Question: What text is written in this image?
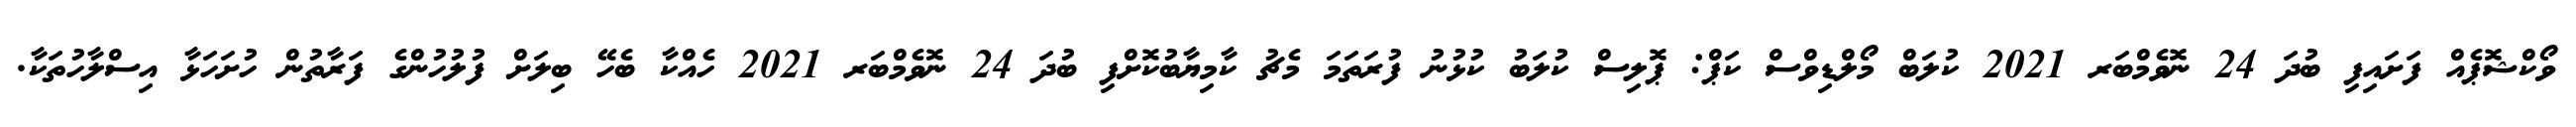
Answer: ވޯކްޝޮޕެއް ފަށައިފި ބުދަ 24 ނޮވެމްބަރ 2021 ކުލަބް މޯލްޑިވްސް ކަޕް: ޕޮލިސް ކުލަބު ކުޅުނު ފުރަތަމަ މެޗު ކާމިޔާބުކޮށްފި ބުދަ 24 ނޮވެމްބަރ 2021 ހެއްކާ ބެހޭ ބިލަށް ފުލުހުންގެ ފަރާތުން ހުށަހަޅާ އިސްލާހުތަކާ.